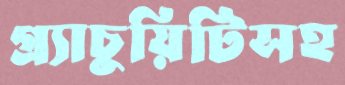
গ্র্যাচুয়িটিসহ